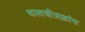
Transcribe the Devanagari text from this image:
चालाचीत्राक्रांना